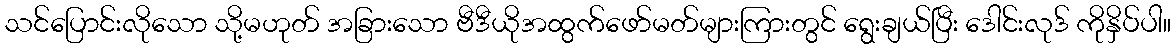
သင်ပြောင်းလိုသော သို့မဟုတ် အခြားသော ဗီဒီယိုအထွက်ဖော်မတ်များကြားတွင် ရွေးချယ်ပြီး ဒေါင်းလုဒ် ကိုနှိပ်ပါ။